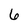
Character: 6